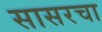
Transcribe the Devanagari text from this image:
सासरचा